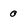
Character: 0